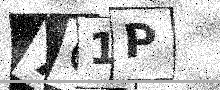
Text: 7C1P